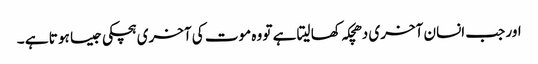
اور جب انسان آخری دھچکہ کھا لیتا ہے تو وہ موت کی آخری ہچکی جیسا ہو تا ہے ۔